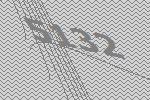
5132